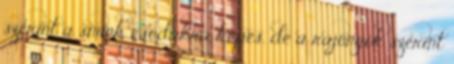
szerint a smink csodákra képes, de a rajongók szerint